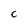
Character: c